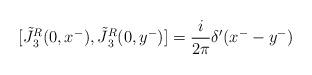
LaTeX: \begin{align*}[\tilde {J} {^{R} _3} (0,x^-) , \tilde {J} {^{R} _3} (0,y^-)] = {i\over 2 \pi} \delta'(x^- - y^-)\end{align*}